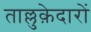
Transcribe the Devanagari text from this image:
ताल्लुक़ेदारों